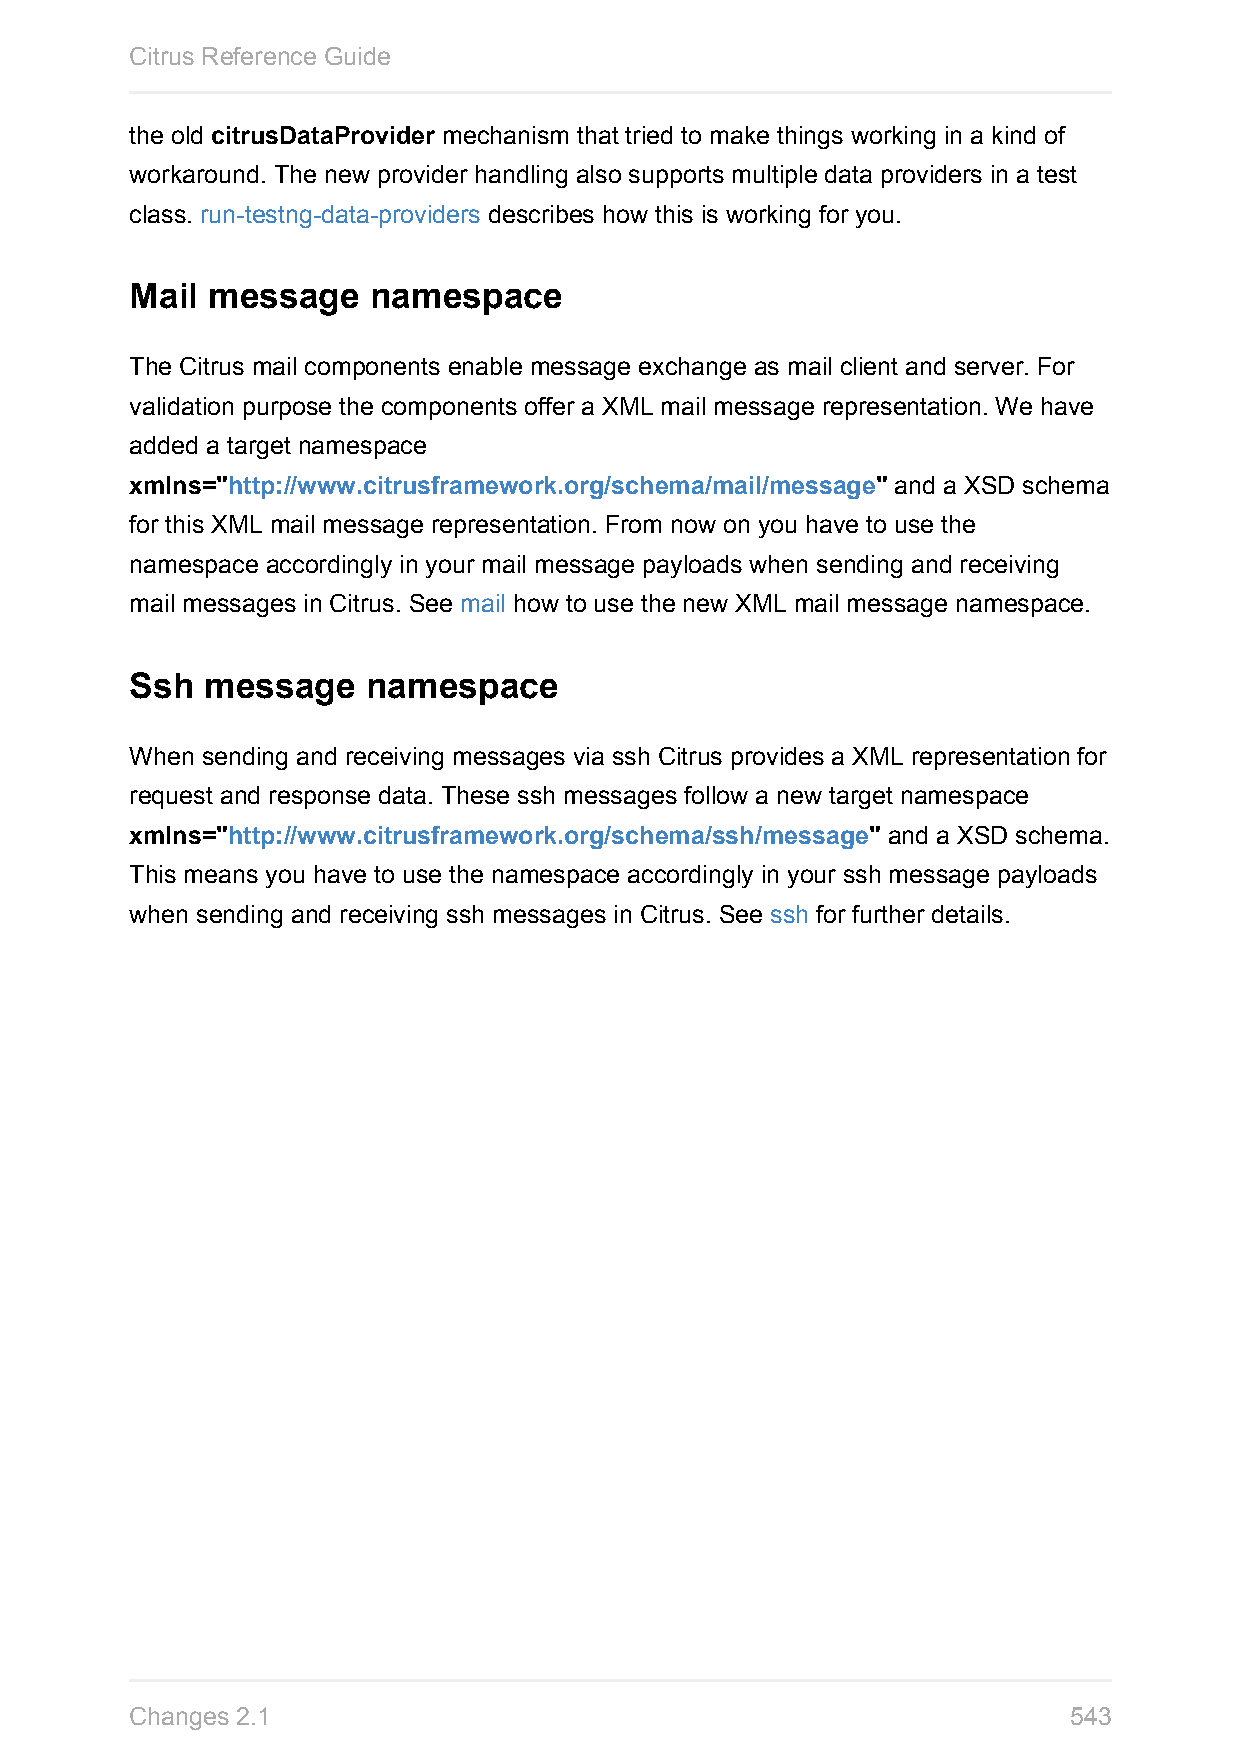
Citrus Reference Guide
 the old citrusDataProvider mechanism that tried to make things working in a kind of
 workaround. The new provider handling also supports multiple data providers in a test
 class. run-testng-data-providers describes how this is working for you.
 Mail message   namespace
 The Citrus mail components enable message exchange as mail client and server. For
 validation purpose the components offer a XML mail message representation. We have
 added a target namespace
 xmlns="http://www.citrusframework.org/schema/mail/message" and a XSD schema
 for this XML mail message representation. From now on you have to use the
 namespace accordingly in your mail message payloads when sending and receiving
 mail messages in Citrus. See mail how to use the new XML mail message namespace.
 Ssh  message   namespace
 When sending and receiving messages via ssh Citrus provides a XML representation for
 request and response data. These ssh messages follow a new target namespace
 xmlns="http://www.citrusframework.org/schema/ssh/message" and a XSD schema.
 This means you have to use the namespace accordingly in your ssh message payloads
 when sending and receiving ssh messages in Citrus. See ssh for further details.
 Changes 2.1                                                   543